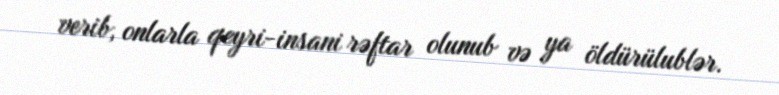
verib, onlarla qeyri-insani rəftar olunub və ya öldürülublər.